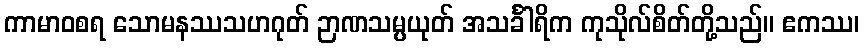
ကာမာဝစရ သောမနဿသဟဂုတ် ဉာဏသမ္ပယုတ် အသင်္ခါရိက ကုသိုလ်စိတ်တို့သည်။ ဧကဿ၊